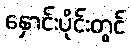
နှောင်းပိုင်းတွင်